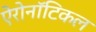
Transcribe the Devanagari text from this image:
ऐरोनॉटिकल